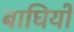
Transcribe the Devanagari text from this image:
बाघियों